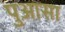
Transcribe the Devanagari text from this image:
पुआसा